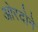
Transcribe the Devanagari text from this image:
ओरदोने